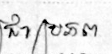
ជាប្រភព